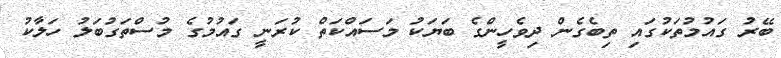
ބޭރު ގައުމުތަކުގައި ތިބެގެން ދިވެހީންގެ ބަޔަކު މަސައްކަތް ކުރަނީ ގައުމުގެ މުސްތަގުބަލު ހަލާކު